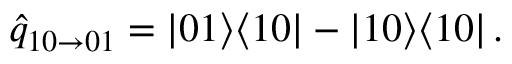
\hat { q } _ { 1 0 \to 0 1 } = | 0 1 \rangle \langle 1 0 | - | 1 0 \rangle \langle 1 0 | \, .